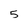
Character: 5